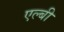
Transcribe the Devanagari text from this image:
एल्बी